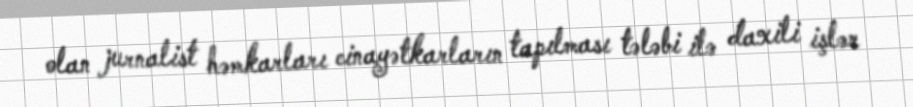
olan jurnalist həmkarları cinayətkarların tapılması tələbi ilə daxili işlər